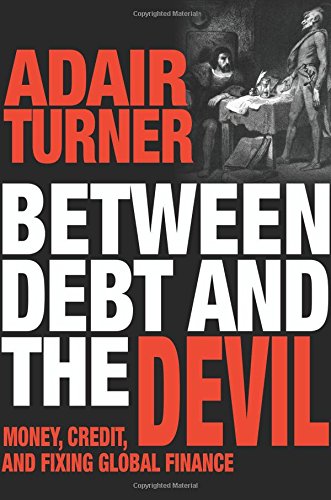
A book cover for Between Debt and the Devil: Money, Credit, and Fixing Global Finance; Adair Turner; Business & Money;